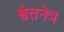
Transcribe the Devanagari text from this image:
श्वेतनेत्र